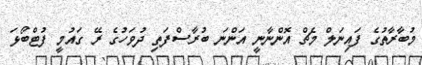
މުބާރާތުގެ ފައިނަލް މެޗް އޮންނާނީ އަންނަ ބުރާސްފަތި ދުވަހުގެ ރޭ ގައުމީ ފުޓްބޯޅަ